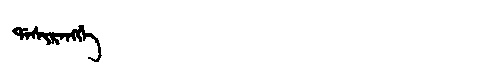
Manchu: ᡩᠠᠰᡳᡵᠠᠩᡤᡝ
Romanization: DASIRANGGE